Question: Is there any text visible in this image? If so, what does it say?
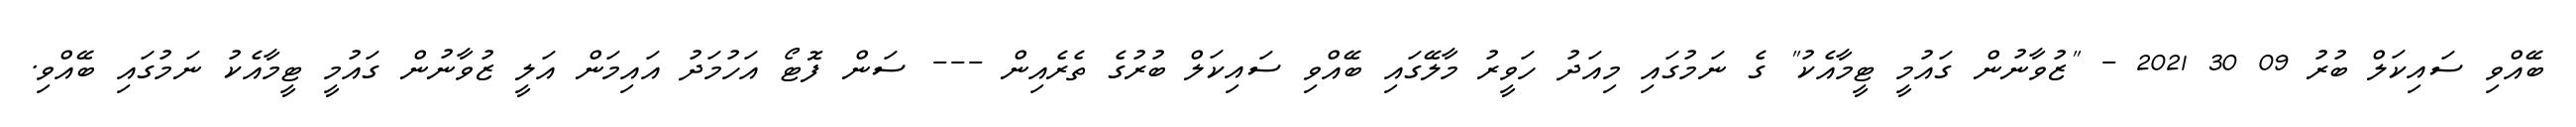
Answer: ބޭއްވި ސައިކަލް ބުރު 09 30 2021 - "ޒުވާނުން ގައުމީ ޓީމާއެކު" ގެ ނަމުގައި މިއަދު ހަވީރު މާލޭގައި ބޭއްވި ސައިކަލް ބުރުގެ ތެރެއިން --- ސަން ފޮޓޯ އަހުމަދު އައިމަން އަލީ ޒުވާނުން ގައުމީ ޓީމާއެކު ނަމުގައި ބޭއްވި.